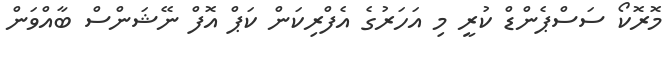
މޮރޮކޯ ސަސްޕެންޑް ކުރީ މި އަހަރުގެ އެފްރިކަން ކަޕް އޮފް ނޭޝަންސް ބާއްވަން